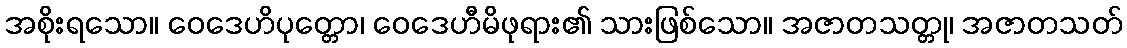
အစိုးရသော။ ဝေဒေဟိပုတ္တော၊ ဝေဒေဟီမိဖုရား၏ သားဖြစ်သော။ အဇာတသတ္တု၊ အဇာတသတ်